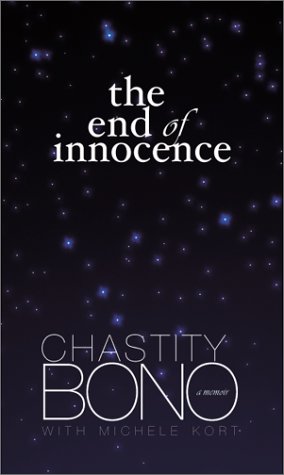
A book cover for The End of Innocence: A Memoir; Chastity Bono; Gay & Lesbian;